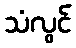
သံလွင်